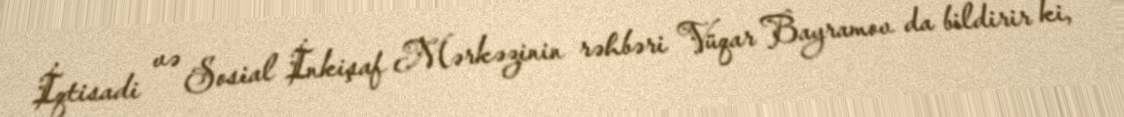
İqtisadi və Sosial İnkişaf Mərkəzinin rəhbəri Vüqar Bayramov da bildirir ki,